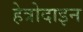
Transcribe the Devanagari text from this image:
हेत्रोदाइन